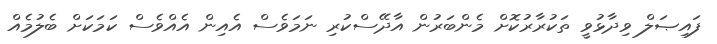
ފައިޞަލް ވިދާޅުވީ ތަކުރާރުކޮށް މެންބަރުން އާދޭސްކުރި ނަމަވެސް އެއިން އެއްވެސް ކަމަކަށް ބެލުމެއް